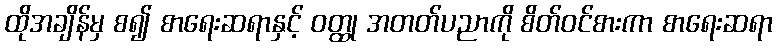
ထိုအချိန်မှ စ၍ စာရေးဆရာနှင့် ဝတ္ထု အတတ်ပညာကို စိတ်ဝင်စားကာ စာရေးဆရာ